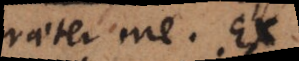
praeter me. Ex